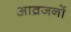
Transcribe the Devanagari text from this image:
आव्रजनों